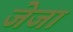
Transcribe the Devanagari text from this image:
जेजा